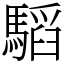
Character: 𩥅